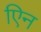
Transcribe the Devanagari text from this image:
एिन